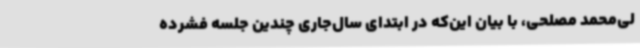
لی‌محمد مصلحی، با بیان این‌که در ابتدای سال‌جاری چندین جلسه فشرده